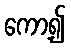
ကော့၍